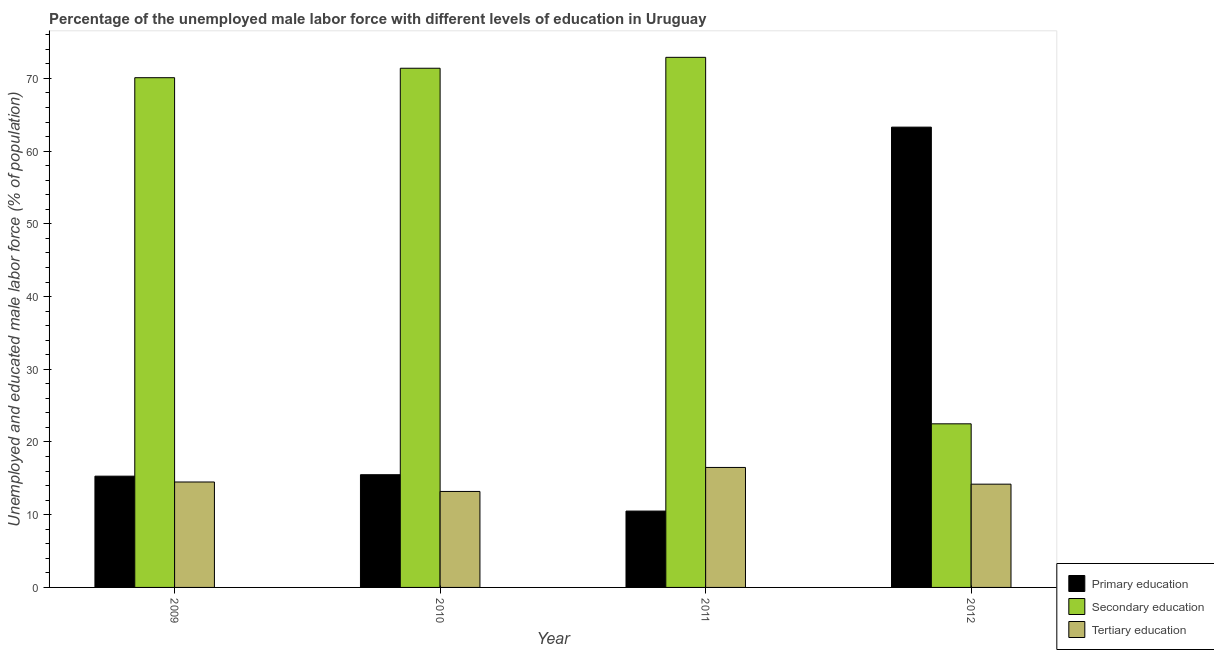
| Year | Primary education | Secondary education | Tertiary education |
 | --- | --- | --- | --- |
 | 2009 | 15.3 | 70.1 | 14.5 |
 | 2010 | 15.5 | 71.4 | 13.2 |
 | 2011 | 10.5 | 72.9 | 16.5 |
 | 2012 | 63.3 | 22.5 | 14.2 |